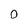
Character: 0